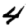
Digit: 4